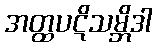
အတ္ထပဋိသမ္ဘိဒါ